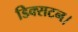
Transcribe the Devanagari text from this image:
डिक्सटन।